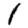
Digit: 1